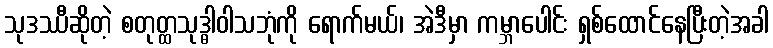
သုဒဿီဆိုတဲ့ စတုတ္ထသုဒ္ဓါဝါသဘုံကို ရောက်မယ်၊ အဲဒီမှာ ကမ္ဘာပေါင်း ရှစ်ထောင်နေပြီးတဲ့အခါ